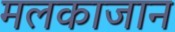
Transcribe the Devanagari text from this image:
मलकाजान